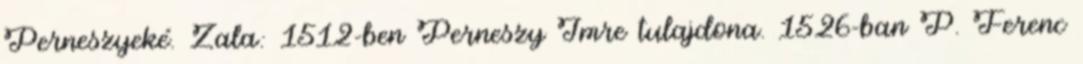
Perneszyeké. Zala: 1512-ben Perneszy Imre tulajdona. 1526-ban P. Ferenc